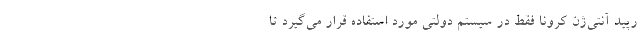
رپید آنتی‌ژن کرونا فقط در سیستم دولتی مورد استفاده قرار می‌گیرد تا